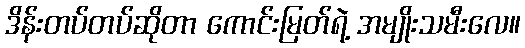
ဒိန်းတပ်တပ်ဆိုတာ ကောင်းမြတ်ရဲ့ အမျိုးသမီးလေ။